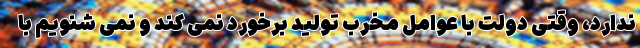
ندارد، وقتی دولت با عوامل مخرب تولید برخورد نمی کند و نمی شنویم با